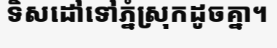
ទិសដៅទៅភ្នំស្រុកដូចគ្នា។